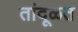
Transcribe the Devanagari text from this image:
तांदूळत